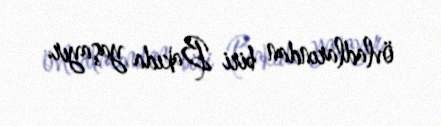
övladlarından biri Bakıda yaşayır.